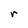
Character: r